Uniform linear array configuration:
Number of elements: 32
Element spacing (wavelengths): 0.5
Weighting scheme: kaiser
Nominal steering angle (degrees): -30
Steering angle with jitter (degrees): -29.441
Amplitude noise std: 0.05
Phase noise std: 0.05

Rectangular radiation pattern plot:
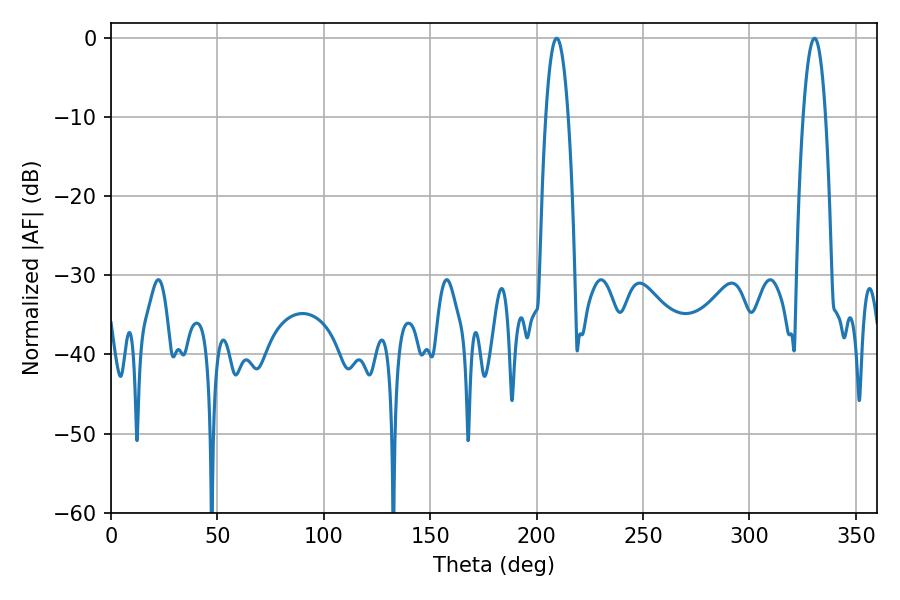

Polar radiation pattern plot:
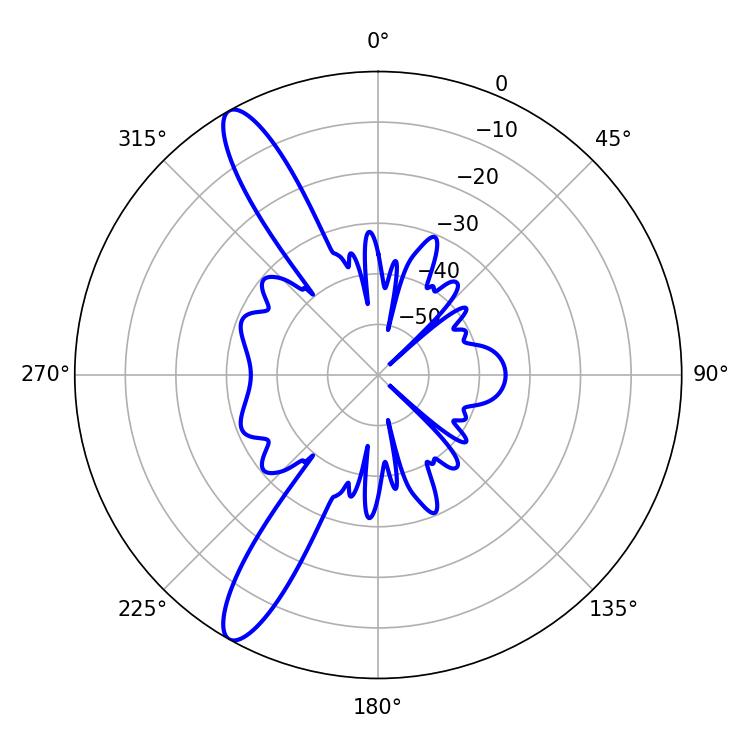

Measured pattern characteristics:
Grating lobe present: FALSE
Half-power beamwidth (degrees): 5.76
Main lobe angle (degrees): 209.34